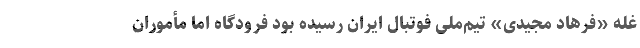
غله «فرهاد مجیدی» تیم‌ملی فوتبال ایران رسیده بود فرودگاه اما مأموران